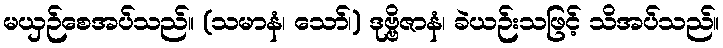
မယှဉ်စေအပ်သည်။ (သမာနံ၊ သော်၊) ဒုဗ္ဗိဇာနံ၊ ခဲယဉ်းသဖြင့် သိအပ်သည်။